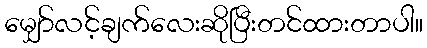
မျှော်လင့်ချက်လေးဆိုပြီးတင်ထားတာပါ။